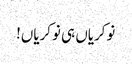
نوکریاں ہی نوکریاں!